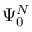
\Psi _ { 0 } ^ { N }